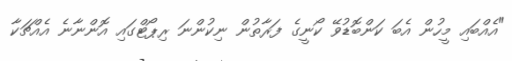
"އެއްބައި މީހުން އެބަ ކަންބޮޑުވޭ ކޯނީގެ ފަރާތުން ނިކުންނަ ރިޕޯޓްގައި އޮންނާނެ އެއްޗަކާ